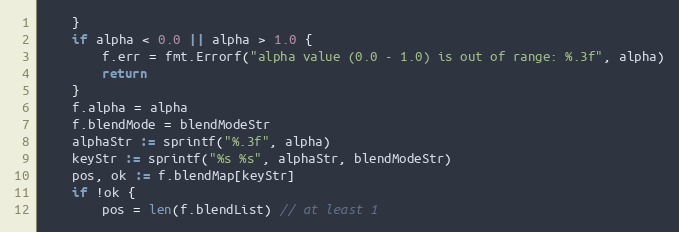
Language: Go
	}
	if alpha < 0.0 || alpha > 1.0 {
		f.err = fmt.Errorf("alpha value (0.0 - 1.0) is out of range: %.3f", alpha)
		return
	}
	f.alpha = alpha
	f.blendMode = blendModeStr
	alphaStr := sprintf("%.3f", alpha)
	keyStr := sprintf("%s %s", alphaStr, blendModeStr)
	pos, ok := f.blendMap[keyStr]
	if !ok {
		pos = len(f.blendList) // at least 1